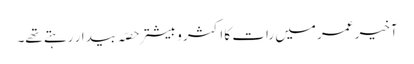
آخیر عمر میں رات کا اکثر و بیشتر حصّہ بیدار رہتے تھے۔